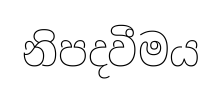
නිපදවීමය